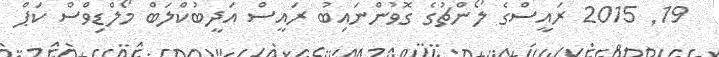
19